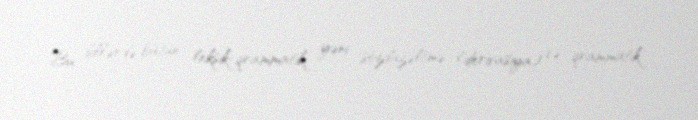
Bu dillərdə bütün leksik-qrammatik, yəni sözdüzəltmə (derivasiya) və qrammatik,